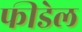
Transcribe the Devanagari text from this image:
फीडेल